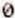
0